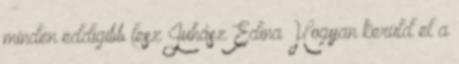
minden eddigibb lesz Juhász Edina Hogyan kerüld el a